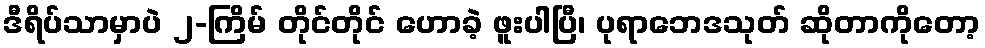
ဒီရိပ်သာမှာပဲ ၂-ကြိမ် တိုင်တိုင် ဟောခဲ့ ဖူးပါပြီ၊ ပုရာဘေဒသုတ် ဆိုတာကိုတော့